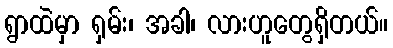
ရွာထဲမှာ ရှမ်း၊ အခါ၊ လားဟူတွေရှိတယ်။